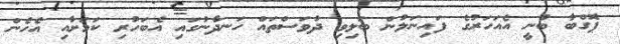
ޕޮގްބާ ބުނީ އެއަހަރުގެ ފައިނަލުން ބަލިވި ދުވަސްތައް ހަނދާނުގައި އެބަހުރި ކަމަށާއި އެހެން